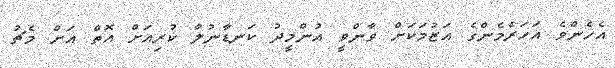
އެހެންވެ އަހަރެމެންގެ އަޒުމަކަށް ވާންވީ އުންމީދު ކަނޑާނުލާ ކުރިއަށް އޮތް އަށް މެޗު